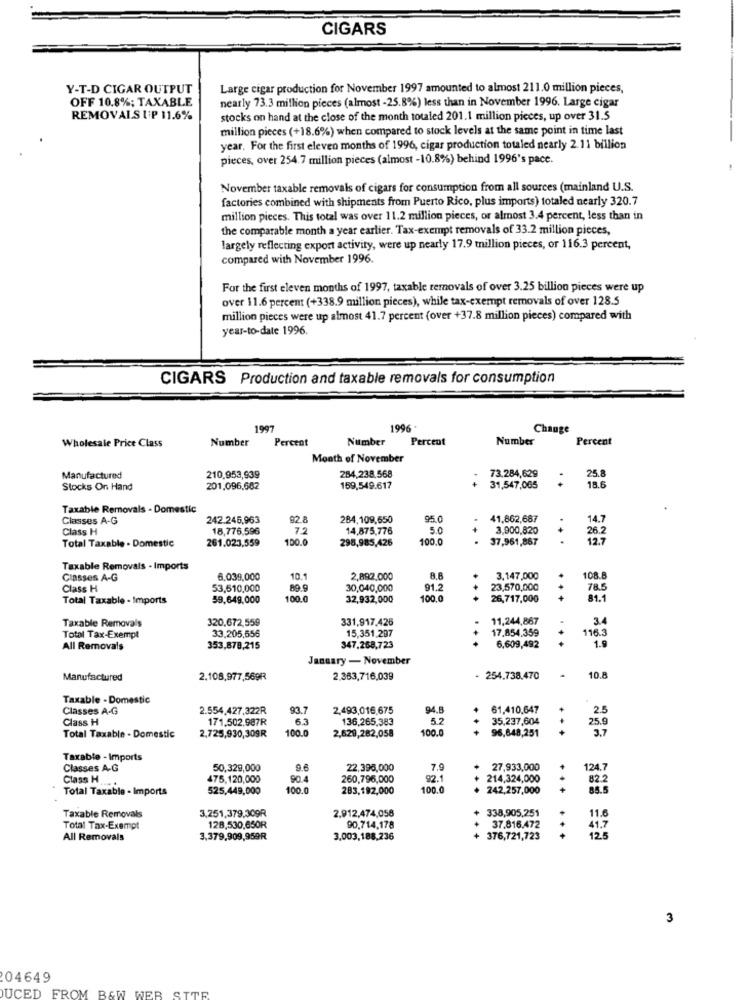
CIGARS
Y-T-D CIGAR OUTPUT
Large cigar production for November 1997 amounted to almost 211.0 million pieces,
OFF 10.8%; TAXABLE
nearly 73.3 million pieces (almost -25.8%) less than in November 1996. Large cigar
REMOVALS UP 11.6%
stocks on hand at the close of the month totaled 201.1 million pieces, up over 31.5
million pieces (+18.6%) when compared to stock levels at the same point in time last
year. For the first eleven months of 1996, cigar production totaled nearly 2.11 billion
pieces, over 254.7 million pieces (almost -10.8%) behind 1996's pace.
November taxable removals of cigars for consumption from all sources (mainland U.S.
factories combined with shipments from Puerto Rico, plus imports) totaled nearly 320.7
million pieces. This total was over 11.2 million pieces, or almost 3.4 percent, less than in
the comparable month a year earlier. Tax-exempt removals of 33.2 million pieces,
largely reflecting export activity, were up nearly 17.9 million pieces, or 116.3 percent,
compared with November 1996.
For the first eleven months of 1997, taxable removals of over 3.25 billion pieces were up
over 11.6 percent (+338.9 million pieces), while tax-exempt removals of over 128.5
million pieces were up almost 41.7 percent (over +37.8 million pieces) compared with
year-to-date 1996.
CIGARS Production and taxable removals for consumption
1997
1996 .
Change
Wholesale Price Class
Number
Percent
Number
Percent
Number
Percent
Moath of November
Manufactured
210.953,939
284,238,568
73.284,629
. +
25.8
Stocks On Hand
201.096,682
159,549.617
31,547,065
18.6
Taxable Removals - Domestic
Classes A-G
242.245,963
92.8
284,109,650
95.0
41.862,687
14.7
Class H
18,776,596
7.2
14,875,776
5.0
3,900,820
Total Taxable . Domestic
261.023,559
100.0
298,985,426
100.0
...
37,961,867
26.2
Taxable Removals - Imports
Classes A-G
6.039,000
10.1
2,892,000
8.8
3,147,000
108.8
Class H
53,610,000
89.9
30,040,000
91.2
23.570,000
78.5
Total Taxable - Imports
59.649,000
100.0
32,932,000
100.0
.++
26,717,000
81.1
Taxable Removals
320,672,559
331.917.426
11,244,867
3.4
15,351,297
17,854,359
116.3
Total Tax-Exempt
33.205,556
All Removals
353,878,215
347.268,723
6,609,492
1.9
January - November
Manufactured
2.108,977,569R
2.363,716,039
254.738.470
10.8
Taxable - Domestic
Classes A-G
2.554,427,322R
93.
2,493,016,675
94.8
61,410,647
2.5
Class H
171,502,987R
6.3
136,265,383
5.2
35,237,604
25.9
100.
100.
96,648,251
3.7
Total Taxable - Domestic
2,725,930,309R
2,629,282,058
Taxable - Imports
Classes A-G
50,329,000
9.6
22.398,000
7.9
27,933,000
124.7
Class H
475,120,000
90.4
260,796,000
92.1
214,324,000
82.
Total Taxable - Imports
525,449,000
100.0
283,192,000
100.
242,257,000
+
85.5
338,905,251
Taxable Removals
3,251,379,309R
2.912,474,058
11.6
Total Tax-Exempt
128,530,650R
90.714.178
37.816.472
41.7
All Removals
3,379,909,959R
3,003,188,236
376,721,723
12.5
3
04649
DUCED FROM B&W WEB SITE